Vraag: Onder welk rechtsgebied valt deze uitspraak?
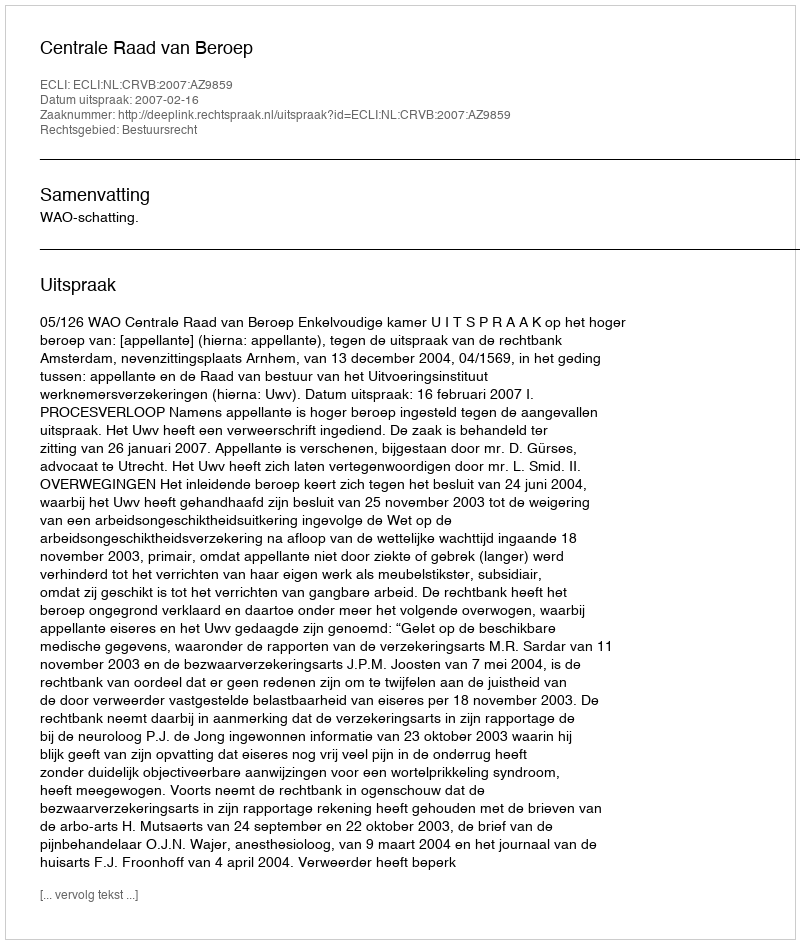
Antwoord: Bestuursrecht